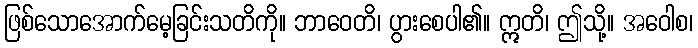
ဖြစ်သောအောက်မေ့ခြင်းသတိကို။ ဘာဝေတိ၊ ပွားစေပါ၏။ ဣတိ၊ ဤသို့။ အဝေါစ၊